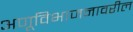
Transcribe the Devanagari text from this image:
अणूविभाजनावरील